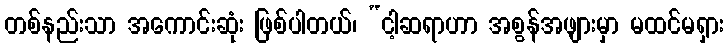
တစ်နည်းသာ အကောင်းဆုံး ဖြစ်ပါတယ်၊ “ငါ့ဆရာဟာ အစွန်အဖျားမှာ မထင်မရှား